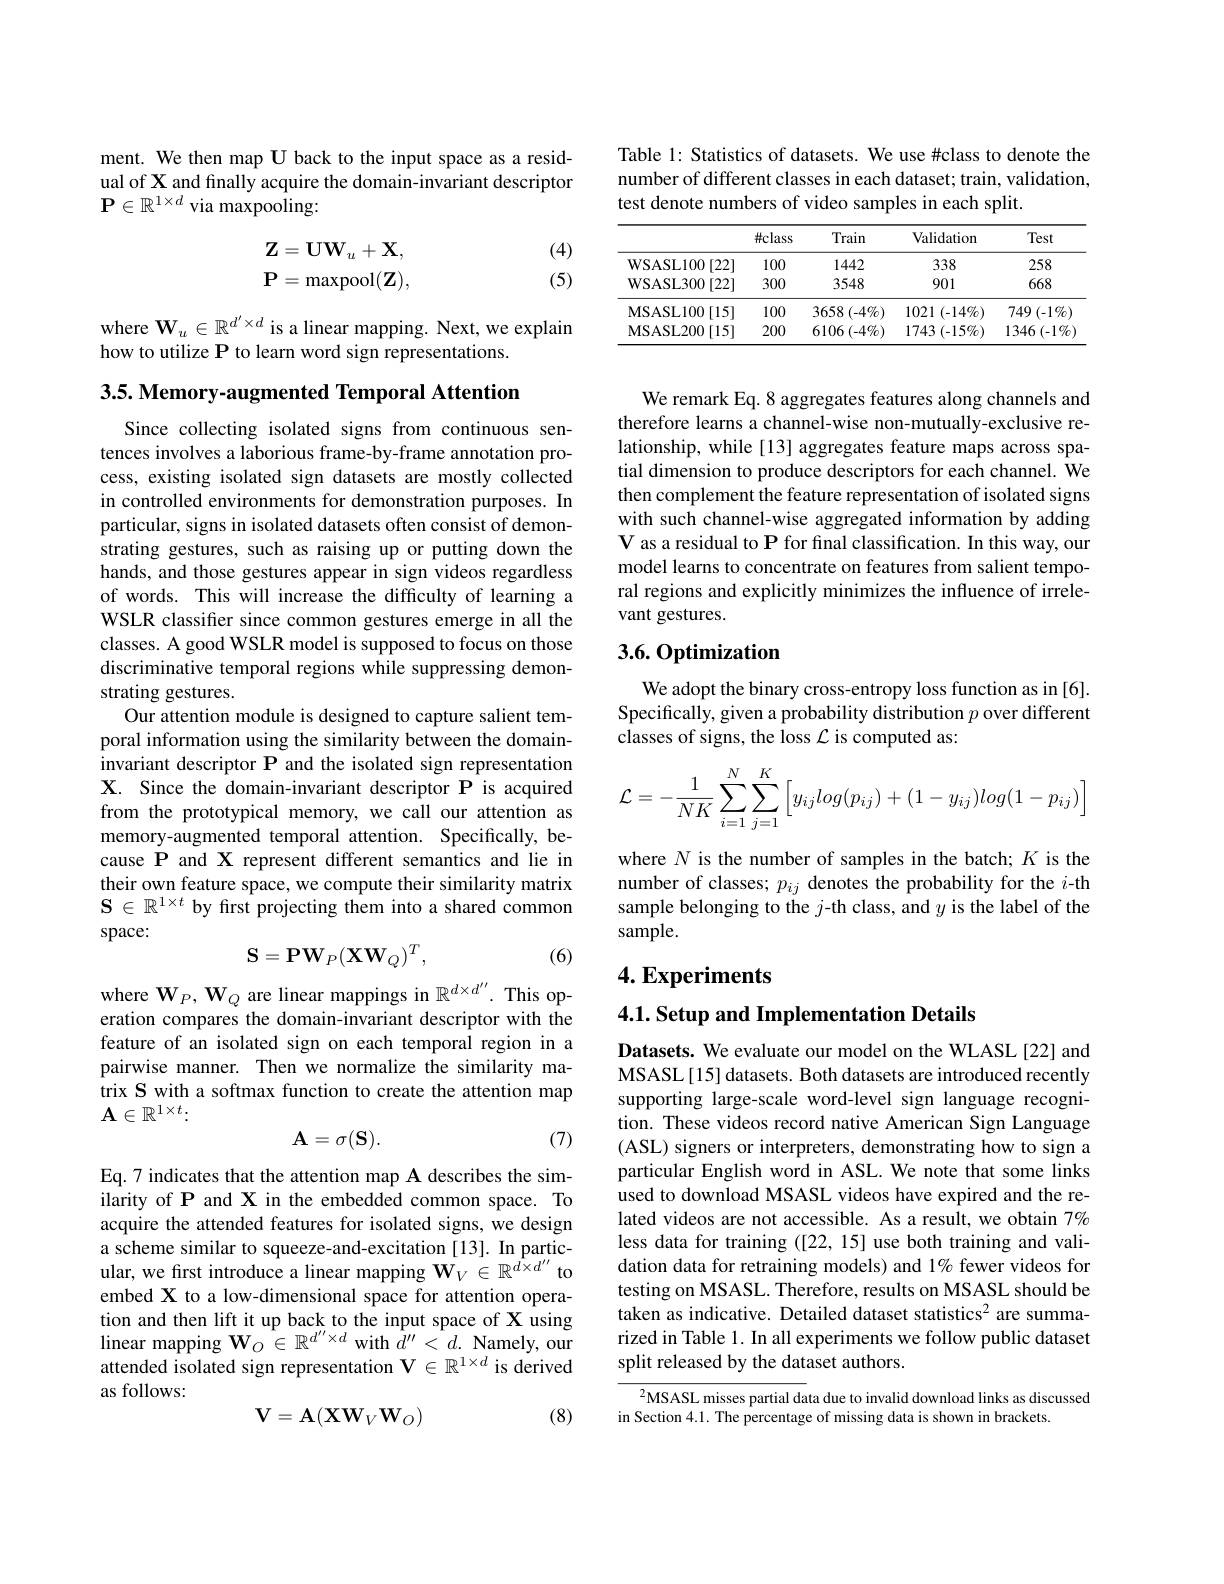
ment. We then map U back to the input space as a residual of X and finally acquire the domain-invariant descriptor $\mathbf{P}\in\mathbb{R}^{1\times d}$ via maxpooling:
$$\mathbf{Z}=\mathbf{U}\mathbf{W}_{u}+\mathbf{X},\\\mathbf{P}=\max\mathrm{pool}(\mathbf{Z}),$$
(4) (5)

where $\mathbf{W}_u\in\mathbb{R}^{d^{\prime}\times d}$ is a linear mapping. Next, we explain
how to utilize P to learn word sign representations.

3.5. Memory-augmented Temporal Attention

Since collecting isolated signs from continuous sentences involves a laborious frame-by-frame annotation process, existing isolated sign datasets are mostly collected in controlled environments for demonstration purposes. In particular, signs in isolated datasets often consist of demonstrating gestures, such as raising up or putting down the hands, and those gestures appear in sign videos regardless of words. This will increase the difficulty of learning a WSLR classifer since common gestures emerge in all the classes. A good WSLR model is supposed to focus on those discriminative temporal regions while suppressing demonstrating gestures.
Our attention module is designed to capture salient temporal information using the similarity between the domaininvariant descriptor P and the isolated sign representation X. Since the domain-invariant descriptor P is acquired from the prototypical memory, we call our attention as memory-augmented temporal attention. Specifically, because P and X represent different semantics and lie in their own feature space, we compute their similarity matrix $\mathbf{S}\in\mathbb{R}^{1\times t}$ by frst projecting them into a shared common space:
$$\mathbf{S}=\mathbf{PW}_{P}(\mathbf{X}\mathbf{W}_{Q})^{T},$$
(6)

where $\mathbf{W}_P,\mathbf{W}_Q$ are linear mappings in $\mathbb{R}^d\times d^{\prime\prime}.$ This operation compares the domain-invariant descriptor with the feature of an isolated sign on each temporal region in a pairwise manner. Then we normalize the similarity matrix S with a softmax function to create the attention map $\mathbf{A}\in\mathbb{R}^{1\times t}\colon$
$$\mathbf A=\sigma(\mathbf S).$$
(7)

Eq.7 indicates that the attention map A describes the sim- $\hat{\text{ilarity of P and X in the embedded common space. To}}$ acquire the attended features for isolated signs, we design a scheme similar to squeeze-and-excitation [13]. In particular, we frst introduce a linear mapping $\tilde{\mathbf{W}}_V\in\mathbb{R}^{d\times d^{\prime\prime}}$ to embed X to a low-dimensional space for attention opera- $\begin{array}{l}\text{tion and then lift it up back to the input space of X using}\\\text{linear mapping W}_{O}\in\mathbb{R}^{d^{\prime\prime}\times d}\text{with }d^{\prime\prime}<d.\text{ Namely, our}\end{array}$ attended isolated sign representation $\mathbf{V}\in\mathbb{R}^{1\times d}$ is derived as follows:
$$\mathbf{V}=\mathbf{A}(\mathbf{X}\mathbf{W}_V\mathbf{W}_O)$$
(8)

Table 1: Statistics of datasets. We use #class to denote the number of different classes in each dataset; train, validation, test denote numbers of video samples in each split.

<table>
	<tbody>
		<tr>
			<th> </th>
			<th>$\#class$</th>
			<th>Train</th>
			<th>Validation</th>
			<th>Test</th>
		</tr>
		<tr>
			<th>WSASL100 $\mathcal{O} [ 22]$ 1</th>
			<th>100</th>
			<th>1442</th>
			<th>338</th>
			<th>258</th>
		</tr>
		<tr>
			<th>WSASL300[22]</th>
			<th>300</th>
			<th>3548</th>
			<th>901</th>
			<th>668</th>
		</tr>
		<tr>
			<td>MSASL100$\left [ 15\right ]$</td>
			<td>100</td>
			<td>3658 $( - 4\% )$</td>
			<td>1021 $( - 14\% )$</td>
			<td>$749\left(-1\%\right)$</td>
		</tr>
		<tr>
			<td>$\mathbf{MSASL200}$ [15] 1</td>
			<td>200</td>
			<td>$6106(-4\%)$</td>
			<td>1743 $( - 15\% )$</td>
			<td>$1346(-1\%$</td>
		</tr>
	</tbody>
</table>

We remark Eq. 8 aggregates features along channels and therefore learns a channel-wise non-mutually-exclusive relationship, while [13] aggregates feature maps across spatial dimension to produce descriptors for each channel. $\hat{\mathrm{We}}$ then complement the feature representation of isolated signs with such channel-wise aggregated information by adding V as a residual to P for final classification. In this way, our model learns to concentrate on features from salient temporal regions and explicitly minimizes the influence of irrelevant gestures.

## $3.6.0ptimization$

We adopt the binary cross-entropy loss function as in [6]. Specifically, given a probability distribution $p$ over different classes of signs, the loss $\mathcal{L}$ is computed as:
$$\mathcal{L}=-\frac{1}{NK}\sum_{i=1}^{N}\sum_{j=1}^{K}\left[y_{ij}log(p_{ij})+(1-y_{ij})log(1-p_{ij})\right]$$
where $N$ is the number of samples in the batch; $K$ is the number of classes; $p_ij$ denotes the probability for the $i$-th sample belonging to the $j$-th class, and $y$ is the label of the sample.

# 4. Experiments

4.1. Setup and Implementation Details

Datasets. We evaluate our model on the WLASL[22] and MSASL[15] datasets. Both datasets are introduced recently supporting large-scale word-level sign language recognition. These videos record native American Sign Language (ASL) signers or interpreters, demonstrating how to sign a particular English word in ASL. We note that some links used to download MSASL videos have expired and the related videos are not accessible. As a result, we obtain 7% less data for training ([22,15] use both training and validation data for retraining models) and 1% fewer videos for testing on MSASL. Therefore, results on MSASL should be taken as indicative. Detailed dataset statistics$^2$ are summarized in Table 1. In all experiments we follow public dataset split released by the dataset authors.

${^{2}\mathrm{MSASL~misses~partial~data~due~to~invalid~download~links~as~discussed}}$
in Section 4.1. The percentage of missing data is shown in brackets.